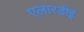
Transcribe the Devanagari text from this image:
एलारडीई